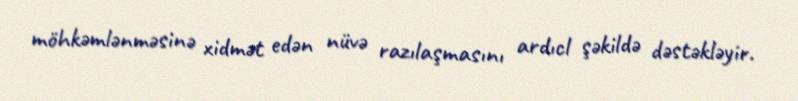
möhkəmlənməsinə xidmət edən nüvə razılaşmasını ardıcl şəkildə dəstəkləyir.